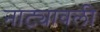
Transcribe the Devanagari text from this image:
नाट्यावली